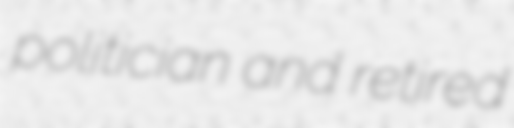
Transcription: politician and retired